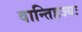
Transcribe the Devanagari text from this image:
वान्तिहज्यः